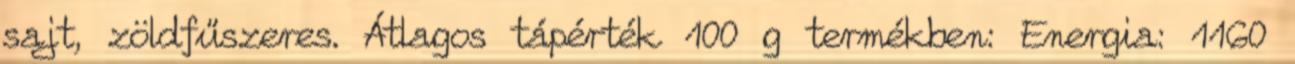
sajt, zöldfűszeres. Átlagos tápérték 100 g termékben: Energia: 1160